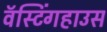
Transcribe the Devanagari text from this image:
वॅस्टिंगहाउस